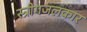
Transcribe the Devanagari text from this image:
स्त्रीगजलकार